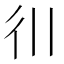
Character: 𫹋